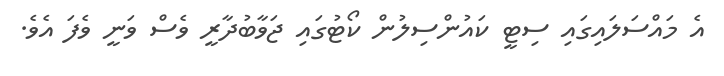
އެ މައްސަލައިގައި ސިޓީ ކައުންސިލުން ކޯޓުގައި ޖަވާބުދާރީ ވެސް ވަނީ ވެފަ އެވެ.